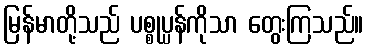
မြန်မာတို့သည် ပစ္စုပ္ပန်ကိုသာ တွေးကြသည်။